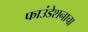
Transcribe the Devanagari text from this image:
फाउंडेशनाचा